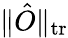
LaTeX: \| \hat{O}\| _{\textrm{tr}}